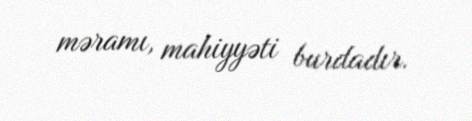
məramı, mahiyyəti burdadır.